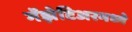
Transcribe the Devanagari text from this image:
गॅझेटिअरमध्ये